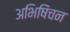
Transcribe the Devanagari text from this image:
अभिषिंचन